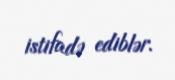
istifadə ediblər.